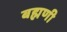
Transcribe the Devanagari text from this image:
बह्मणी